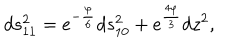
LaTeX: d s _ { 1 1 } ^ { 2 } = e ^ { - \frac { \varphi } { 6 } } d s _ { 1 0 } ^ { 2 } + e ^ { \frac { 4 \varphi } { 3 } } d z ^ { 2 } ,